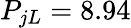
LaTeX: P_{jL}=8.94